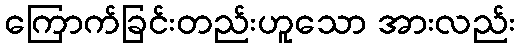
ကြောက်ခြင်းတည်းဟူသော အားလည်း